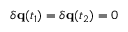
\delta \mathbf { q } ( t _ { 1 } ) = \delta \mathbf { q } ( t _ { 2 } ) = 0